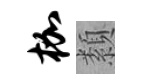
枷纇